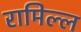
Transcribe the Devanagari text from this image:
रामिल्ल